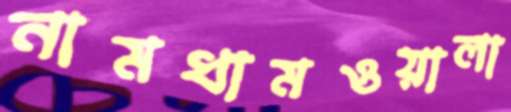
নামধামওয়ালা